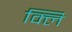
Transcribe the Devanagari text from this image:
क्लि